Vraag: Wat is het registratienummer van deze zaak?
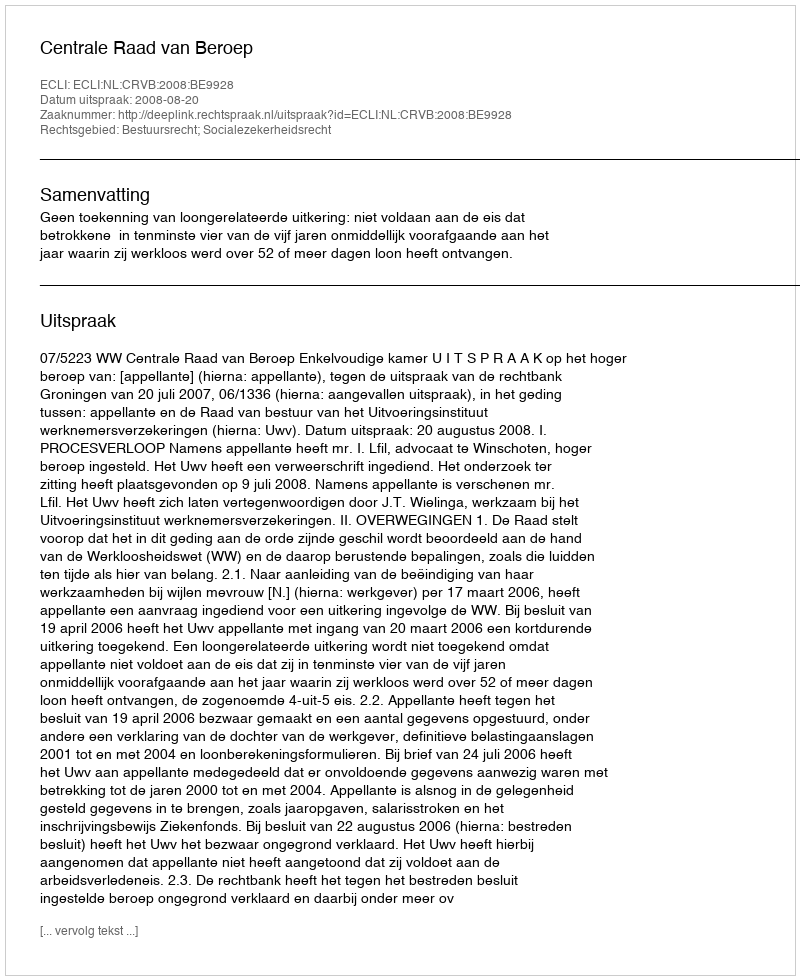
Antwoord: http://deeplink.rechtspraak.nl/uitspraak?id=ECLI:NL:CRVB:2008:BE9928